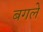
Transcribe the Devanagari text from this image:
बगले